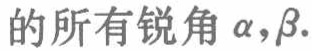
的所有锐角\(\alpha,\beta\).